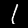
Label: 1